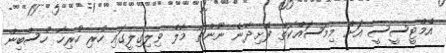
އެމްޓީސީސީ އަށް މިމަސައްކަތް ފެށިދާނެ ނޫންތޯ މާލެ ވިލިގިލީގައި ހުރި ހުރިހާ ހުސްބިން